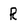
Character: R